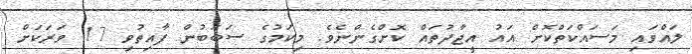
ލައްވައި މަސައްކަތްކޮށް އައު އީޖާދުތައް ކޮށްގެންނެވެ. މިކަމުގެ ސަބަބުން ފާއިތުވި 17 ވަރަކަށް